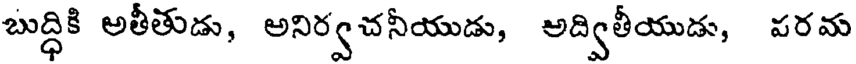
బుద్ధికి అతీతుడు, అనిర్వచనీయుడు, అద్వితీయుడు, పరమ